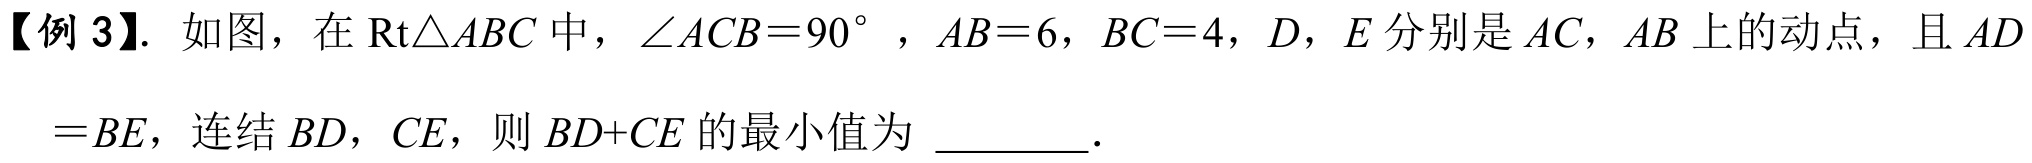
【例 3】. 如图，在$\text{Rt}\triangle ABC$中，$\angle ACB = 90^{\circ}$，$AB = 6$，$BC = 4$，$D$，$E$分别是$AC$，$AB$上的动点，且$AD=BE$，连结$BD$，$CE$，则$BD + CE$的最小值为 \_\_\_\_\_ ．